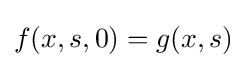
f(x,s,0)=g(x,s)